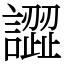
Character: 譅